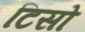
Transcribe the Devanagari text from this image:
टिसो